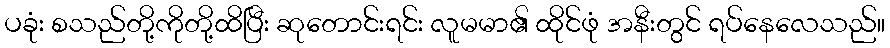
ပခုံး စသည်တို့ကိုတို့ထိပြီး ဆုတောင်းရင်း လူမမာ၏ ထိုင်ဖုံ အနီးတွင် ရပ်နေလေသည်။